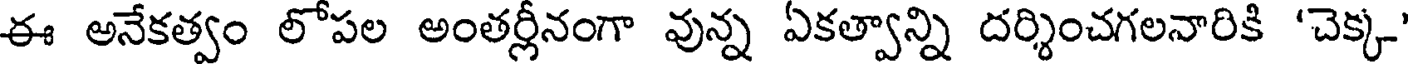
ఈ అనేకత్వం లోపల అంతర్లీనంగా వున్న ఏకత్వాన్ని దర్శించగలనారికి 'చెక్క-